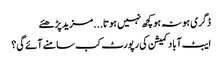
ڈگری ہو نہ ہو کچھ نہیں ہوتا...	مزید پڑھئے
ایبٹ آباد کمیشن کی رپورٹ کب سامنے آئے گی؟